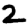
Digit: 2